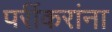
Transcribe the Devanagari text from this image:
पर्रीकरांना